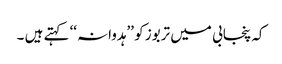
کہ پنجابی میں تربوز کو ’’ہدوانہ‘‘ کہتے ہیں ۔